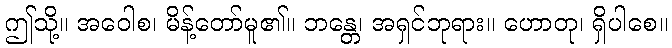
ဤသို့။ အဝေါစ၊ မိန့်တော်မူ၏။ ဘန္တေ၊ အရှင်ဘုရား။ ဟောတု၊ ရှိပါစေ။